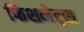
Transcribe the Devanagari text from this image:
फिशनेट्स